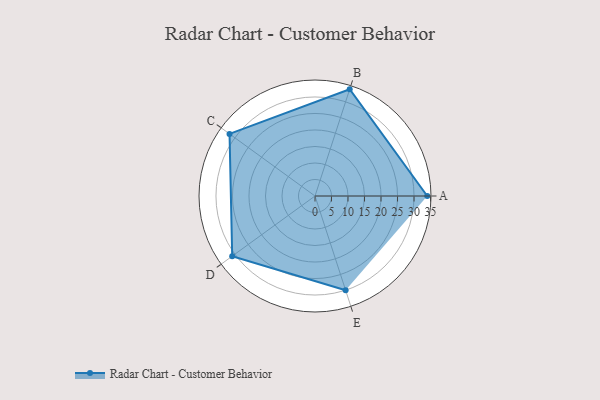
{"axis": {"x": "Skill", "y": "Score"}, "legend": ["Profile"], "data": [{"x": "A", "y": 34.0, "type": "Profile"}, {"x": "B", "y": 34.0, "type": "Profile"}, {"x": "C", "y": 32.0, "type": "Profile"}, {"x": "D", "y": 31.0, "type": "Profile"}, {"x": "E", "y": 30.0, "type": "Profile"}]}